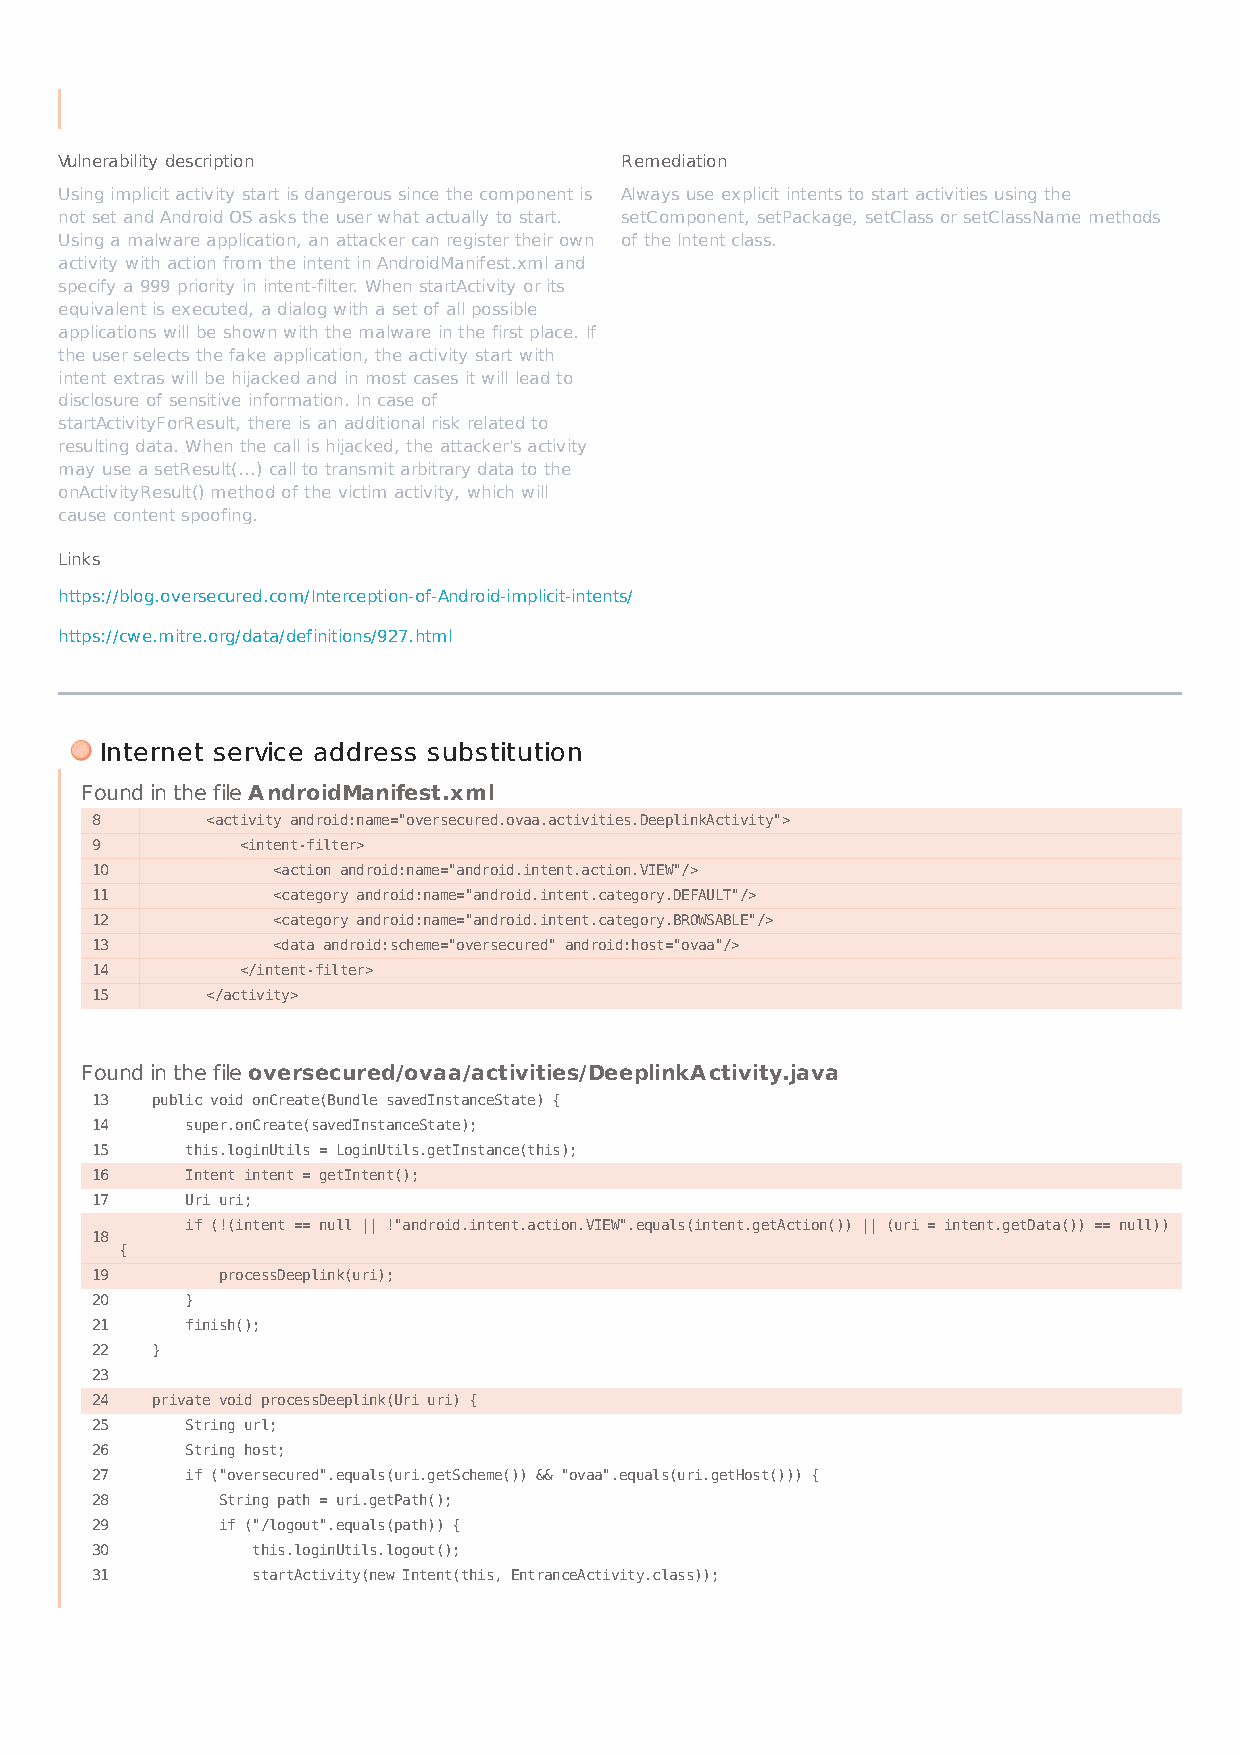
Vulnerability description            Remediation
 Using implicit activity start is dangerous since the component is Always use explicit intents to start activities using the
 not set and Android OS asks the user what actually to start. setComponent, setPackage, setClass or setClassName methods
 Using a malware application, an attacker can register their own of the Intent class.
 activity with action from the intent in AndroidManifest.xml and
 specify a 999 priority in intent-filter. When startActivity or its
 equivalent is executed, a dialog with a set of all possible
 applications will be shown with the malware in the first place. If
 the user selects the fake application, the activity start with
 intent extras will be hijacked and in most cases it will lead to
 disclosure of sensitive information. In case of
 startActivityForResult, there is an additional risk related to
 resulting data. When the call is hijacked, the attacker's activity
 may use a setResult(...) call to transmit arbitrary data to the
 onActivityResult() method of the victim activity, which will
 cause content spoofing.
 Links
 https://blog.oversecured.com/Interception-of-Android-implicit-intents/
 https://cwe.mitre.org/data/definitions/927.html
 Internet service address substitution
 Found in the file AndroidManifest.xml
 8       <activity android:name="oversecured.ovaa.activities.DeeplinkActivity">
 9         <intent-filter>
 10          <action android:name="android.intent.action.VIEW"/>
 11          <category android:name="android.intent.category.DEFAULT"/>
 12          <category android:name="android.intent.category.BROWSABLE"/>
 13          <data android:scheme="oversecured" android:host="ovaa"/>
 14        </intent-filter>
 15      </activity>
 Found in the file oversecured/ovaa/activities/DeeplinkActivity.java
 13  public void onCreate(Bundle savedInstanceState) {
 14    super.onCreate(savedInstanceState);
 15    this.loginUtils = LoginUtils.getInstance(this);
 16    Intent intent = getIntent();
 17    Uri uri;
 if (!(intent == null || !"android.intent.action.VIEW".equals(intent.getAction()) || (uri = intent.getData()) == null))
 18
 {
 19      processDeeplink(uri);
 20    }
 21    finish();
 22  }
 23
 24  private void processDeeplink(Uri uri) {
 25    String url;
 26    String host;
 27    if ("oversecured".equals(uri.getScheme()) && "ovaa".equals(uri.getHost())) {
 28      String path = uri.getPath();
 29      if ("/logout".equals(path)) {
 30         this.loginUtils.logout();
 31         startActivity(new Intent(this, EntranceActivity.class));